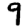
Digit: 9